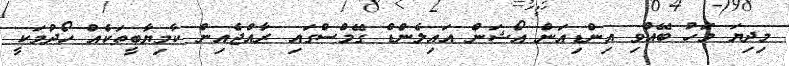
މިދިޔަ މަހު ބޭއްވި އިންޑިއަން އޯޝަން އައިލެންޑް ގޭމްސްގައި ރާއްޖެއިން ކާމިޔާބީތަކެއް ހޯދުމަކީ